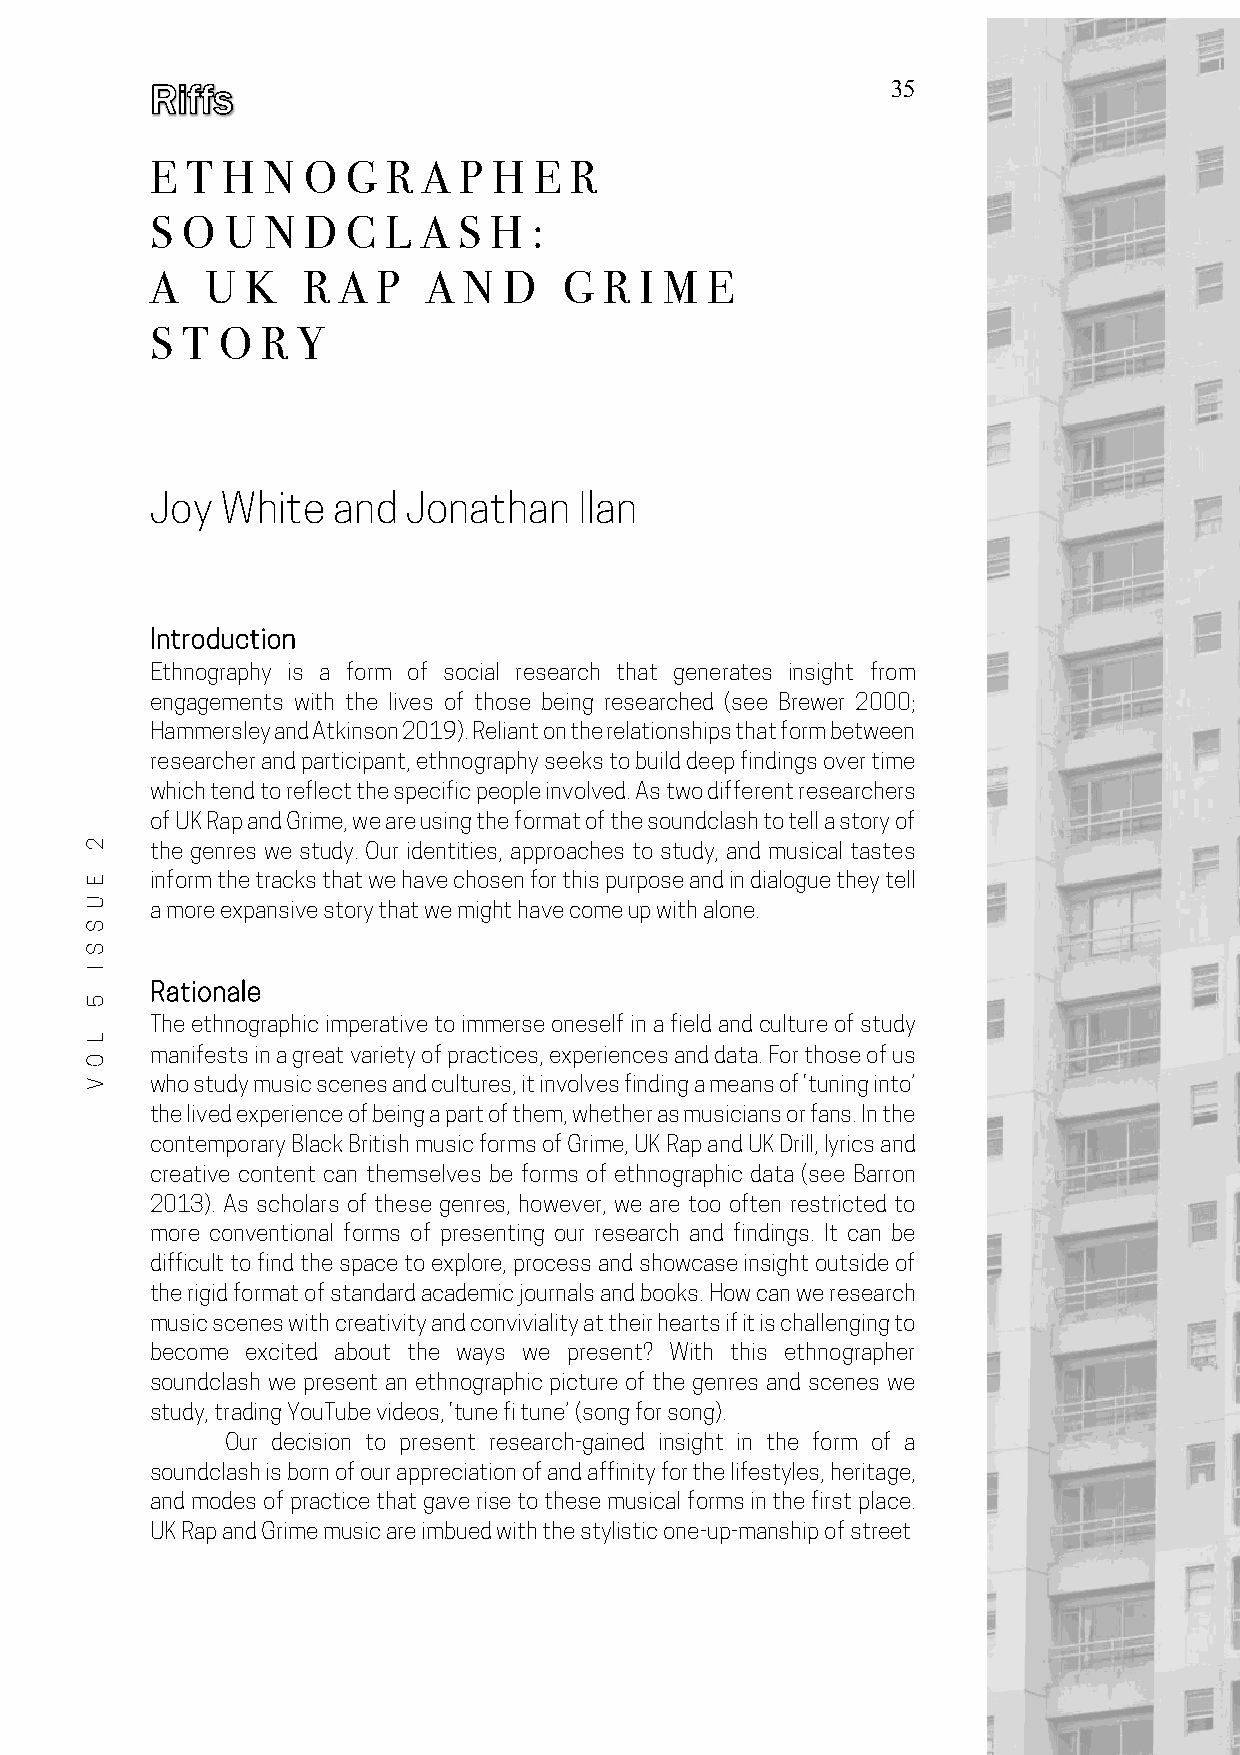
35
 E T  H N  O  G  R A P  H E  R
 S O  U  N D  C  L A S H  :
 A   U K   R A  P  A  N D   G  R I M  E
 S T O  R  Y
 Joy  White  and  Jonathan   Ilan
 Introduction
 Ethnography is a form of social research that generates insight from
 engagements with the lives of those being researched (see Brewer 2000;
 Hammersley and Atkinson 2019). Reliant on the relationships that form between
 researcher and participant, ethnography seeks to build deep findings over time
 which tend to reflect the specific people involved. As two different researchers
 of UK Rap and Grime, we are using the format of the soundclash to tell a story of
 the genres we study. Our identities, approaches to study, and musical tastes
 inform the tracks that we have chosen for this purpose and in dialogue they tell
 a more expansive story that we might have come up with alone.
 Rationale
 The ethnographic imperative to immerse oneself in a field and culture of study
 manifests in a great variety of practices, experiences and data. For those of us
 who study music scenes and cultures, it involves finding a means of ‘tuning into’
 the lived experience of being a part of them, whether as musicians or fans. In the
 contemporary Black British music forms of Grime, UK Rap and UK Drill, lyrics and
 creative content can themselves be forms of ethnographic data (see Barron
 2013). As scholars of these genres, however, we are too often restricted to
 more conventional forms of presenting our research and findings. It can be
 difficult to find the space to explore, process and showcase insight outside of
 the rigid format of standard academic journals and books. How can we research
 music scenes with creativity and conviviality at their hearts if it is challenging to
 become excited about the ways we present? With this ethnographer
 soundclash we present an ethnographic picture of the genres and scenes we
 study, trading YouTube videos, ‘tune fi tune’ (song for song).
 Our decision to present research-gained insight in the form of a
 soundclash is born of our appreciation of and affinity for the lifestyles, heritage,
 and modes of practice that gave rise to these musical forms in the first place.
 UK Rap and Grime music are imbued with the stylistic one-up-manship of street
 This Photo by Unknown Author is licensed under CC BY
 2
 E
 U
 S
 S
 I
 5
 L
 O
 V